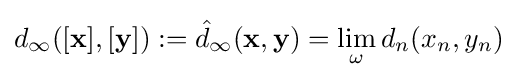
d_{\infty }([\mathbf {x} ],[\mathbf {y} ]):={\hat {d}}_{\infty }(\mathbf {x} ,\mathbf {y} )=\lim _{\omega }d_{n}(x_{n},y_{n})